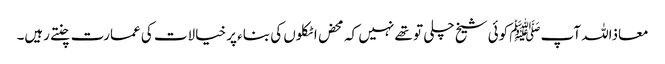
معاذاللہ آپﷺ کوئی شیخ چلی تو تھے نہیں کہ محض اٹکلوں کی بناء پر خیالات کی عمارت چنتے رہیں۔